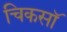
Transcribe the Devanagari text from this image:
चिकसॉ